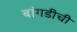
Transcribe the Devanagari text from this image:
बांगडीची